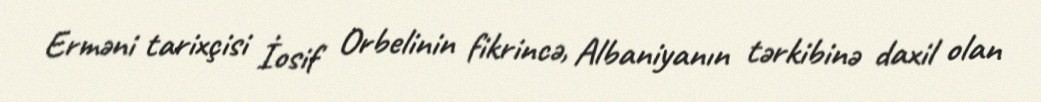
Erməni tarixçisi İosif Orbelinin fikrincə, Albaniyanın tərkibinə daxil olan